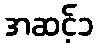
အဆင့်၁